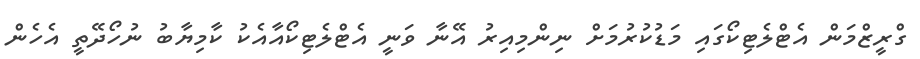
ގްރީޒްމަން އެޓްލެޓިކޯގައި މަޑުކުރުމަށް ނިންމިއިރު އޭނާ ވަނީ އެޓްލެޓިކޯއާއެކު ކާމިޔާބު ނުހޯދޭތީ އެހެން